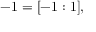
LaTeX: - 1 = [ - 1 : 1 ] ,